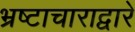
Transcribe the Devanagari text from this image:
भ्रष्टाचाराद्वारे